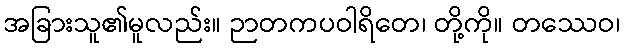
အခြားသူ၏မူလည်း။ ဉာတကပဝါရိတေ၊ တို့ကို။ တဿေဝ၊